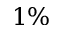
1 \%